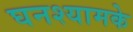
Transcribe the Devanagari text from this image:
घनश्यामके